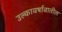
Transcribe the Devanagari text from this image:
उल्कावर्षावातील